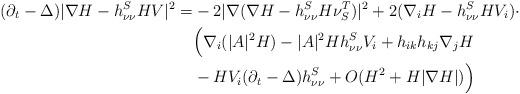
LaTeX: \begin{align*}(\partial_t -\Delta) |\nabla H-h^S_{\nu\nu}HV|^2 = & -2 |\nabla(\nabla H-h^S_{\nu\nu}H \nu_S^T)|^2 +2 (\nabla_i H - h^S_{\nu \nu} H V_i) \cdot \\& \Big( \nabla_i(|A|^2 H) -|A|^2 H h^S_{\nu \nu} V_i + h_{ik}h_{kj} \nabla_j H \\& -H V_i (\partial_t -\Delta) h^S_{\nu\nu} + O(H^2 +H|\nabla H|) \Big)\end{align*}